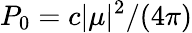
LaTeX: P_{0}=c|\mu|^{2}/(4\pi)